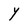
Character: Y